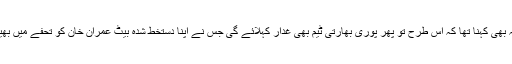
ان کا یہ بھی کہنا تھا کہ اس طرح تو پھر پوری بھارتی ٹیم بھی غدار کہلائے گی جس نے اپنا دستخط شدہ بیٹ عمران خان کو تحفے میں بھیجا ہے۔